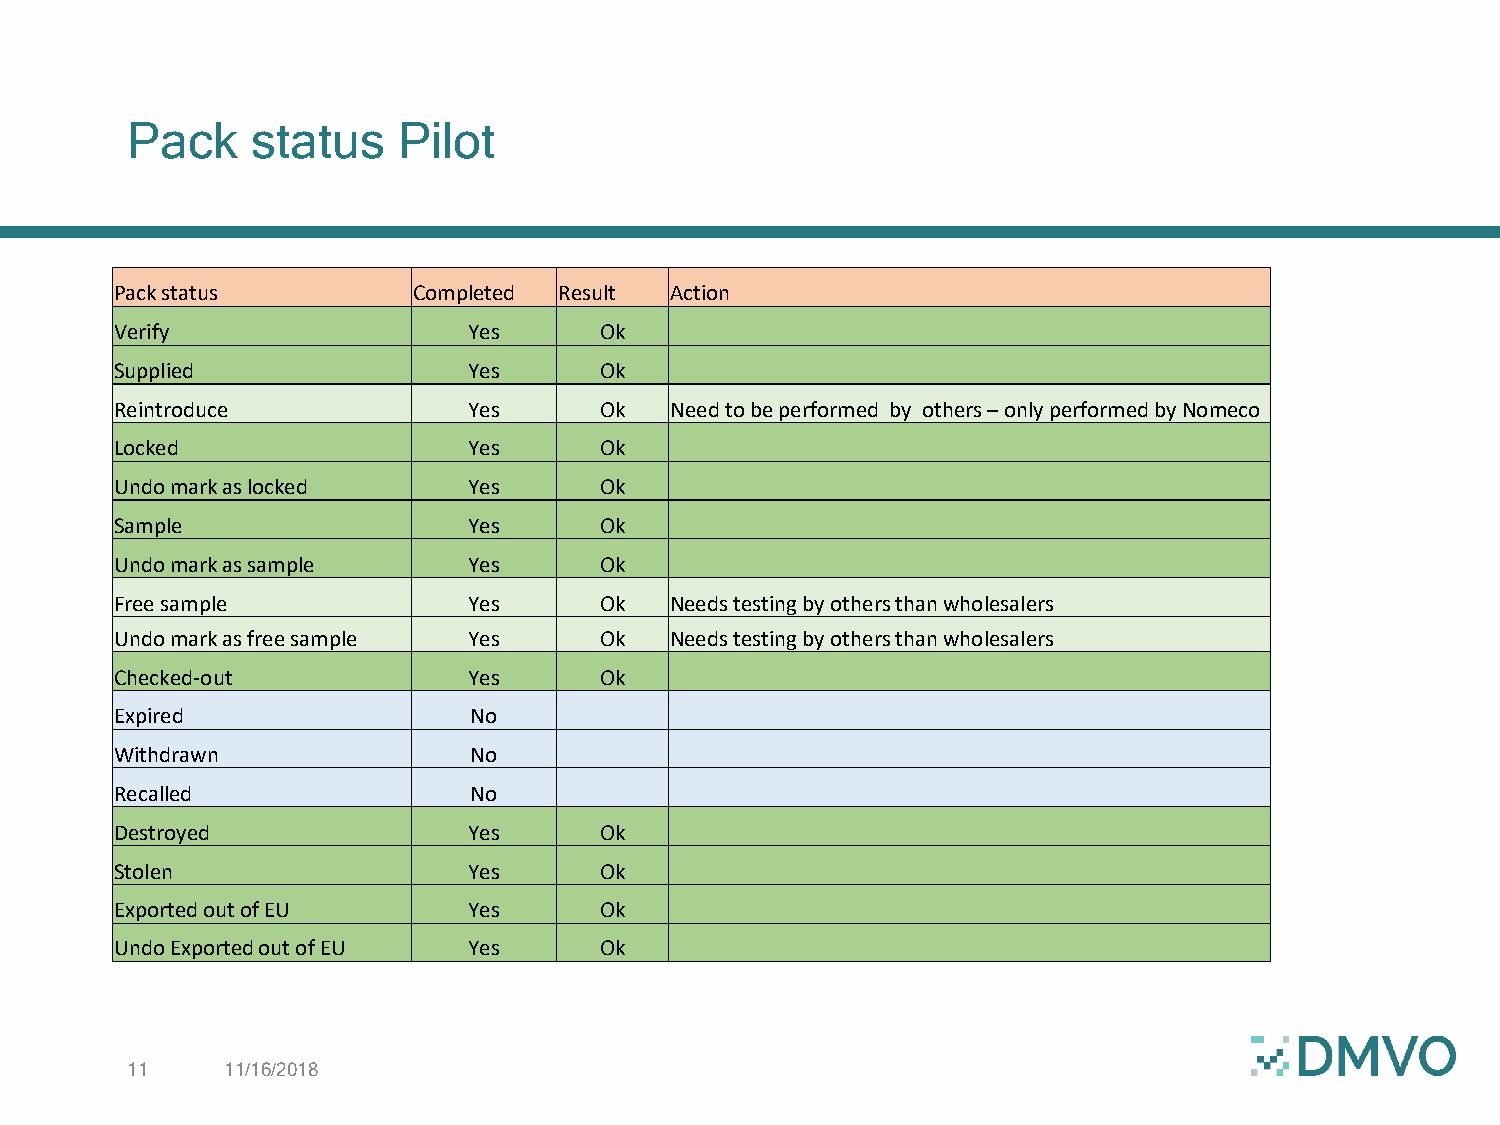
Pack     status   Pilot
 Pack status        Completed Result Action
 Verify                 Yes      Ok
 Supplied               Yes      Ok
 Reintroduce            Yes      Ok  Need to be performed by others –only performed by Nomeco
 Locked                 Yes      Ok
 Undo mark as locked    Yes      Ok
 Sample                 Yes      Ok
 Undo mark as sample    Yes      Ok
 Free sample            Yes      Ok  Needs testing by others than wholesalers
 Undo mark as free sample Yes    Ok  Needs testing by others than wholesalers
 Checked-out            Yes      Ok
 Expired                No
 Withdrawn              No
 Recalled               No
 Destroyed              Yes      Ok
 Stolen                 Yes      Ok
 Exported out of EU     Yes      Ok
 Undo Exported out of EU Yes     Ok
 11     11/16/2018